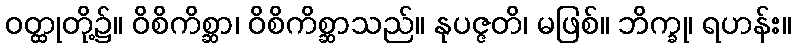
ဝတ္ထုတို့၌။ ဝိစိကိစ္ဆာ၊ ဝိစိကိစ္ဆာသည်။ နုပဇ္ဇတိ၊ မဖြစ်။ ဘိက္ခု၊ ရဟန်း။